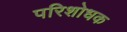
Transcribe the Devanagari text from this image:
परिशोधक